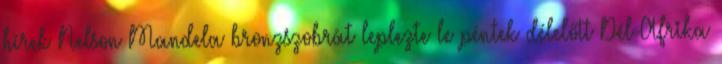
hírek Nelson Mandela bronzszobrát leplezte le péntek délelőtt Dél-Afrika